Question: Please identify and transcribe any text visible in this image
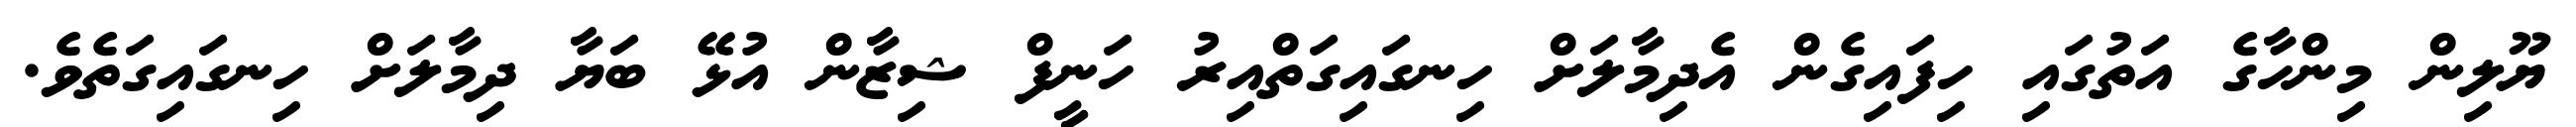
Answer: ޔޫލިން މިންހާގެ އަތުގައި ހިފައިގެން އެދިމާލަށް ހިނގައިގަތްއިރު ހަނީފް ޝިޒާން އުޅޭ ބަޔާ ދިމާލަށް ހިނގައިގަތެވެ.